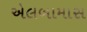
એલબામાસ